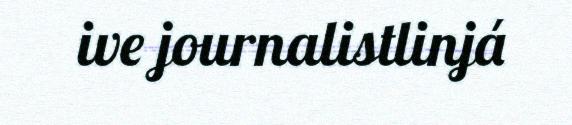
ive journalistlinjá